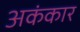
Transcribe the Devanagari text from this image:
अकंकार